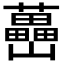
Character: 𡿉